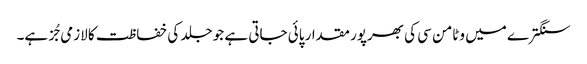
سنگترے میں وٹامن سی کی بھرپور مقدار پائی جاتی ہے جو جلد کی خفاظت کا لازمی جُز ہے۔